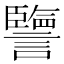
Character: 譼